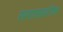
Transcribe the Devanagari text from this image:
समासातील